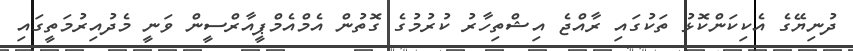
ދުނިޔޭގެ އެކިކަންކޮޅު ތަކުގައި ރާއްޖެ އިޝްތިހާރު ކުރުމުގެ ގޮތުން އެމްއެމްޕީއާރްސީން ވަނީ މެދުއިރުމަތީގައި